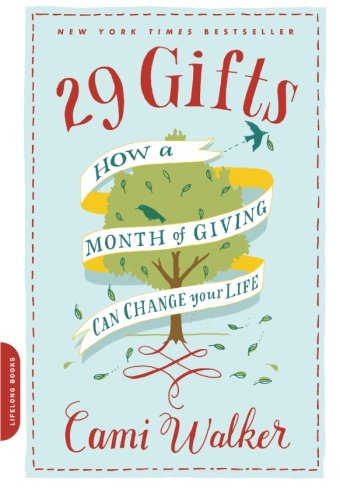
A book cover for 29 Gifts: How a Month of Giving Can Change Your Life; Cami Walker; Health, Fitness & Dieting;